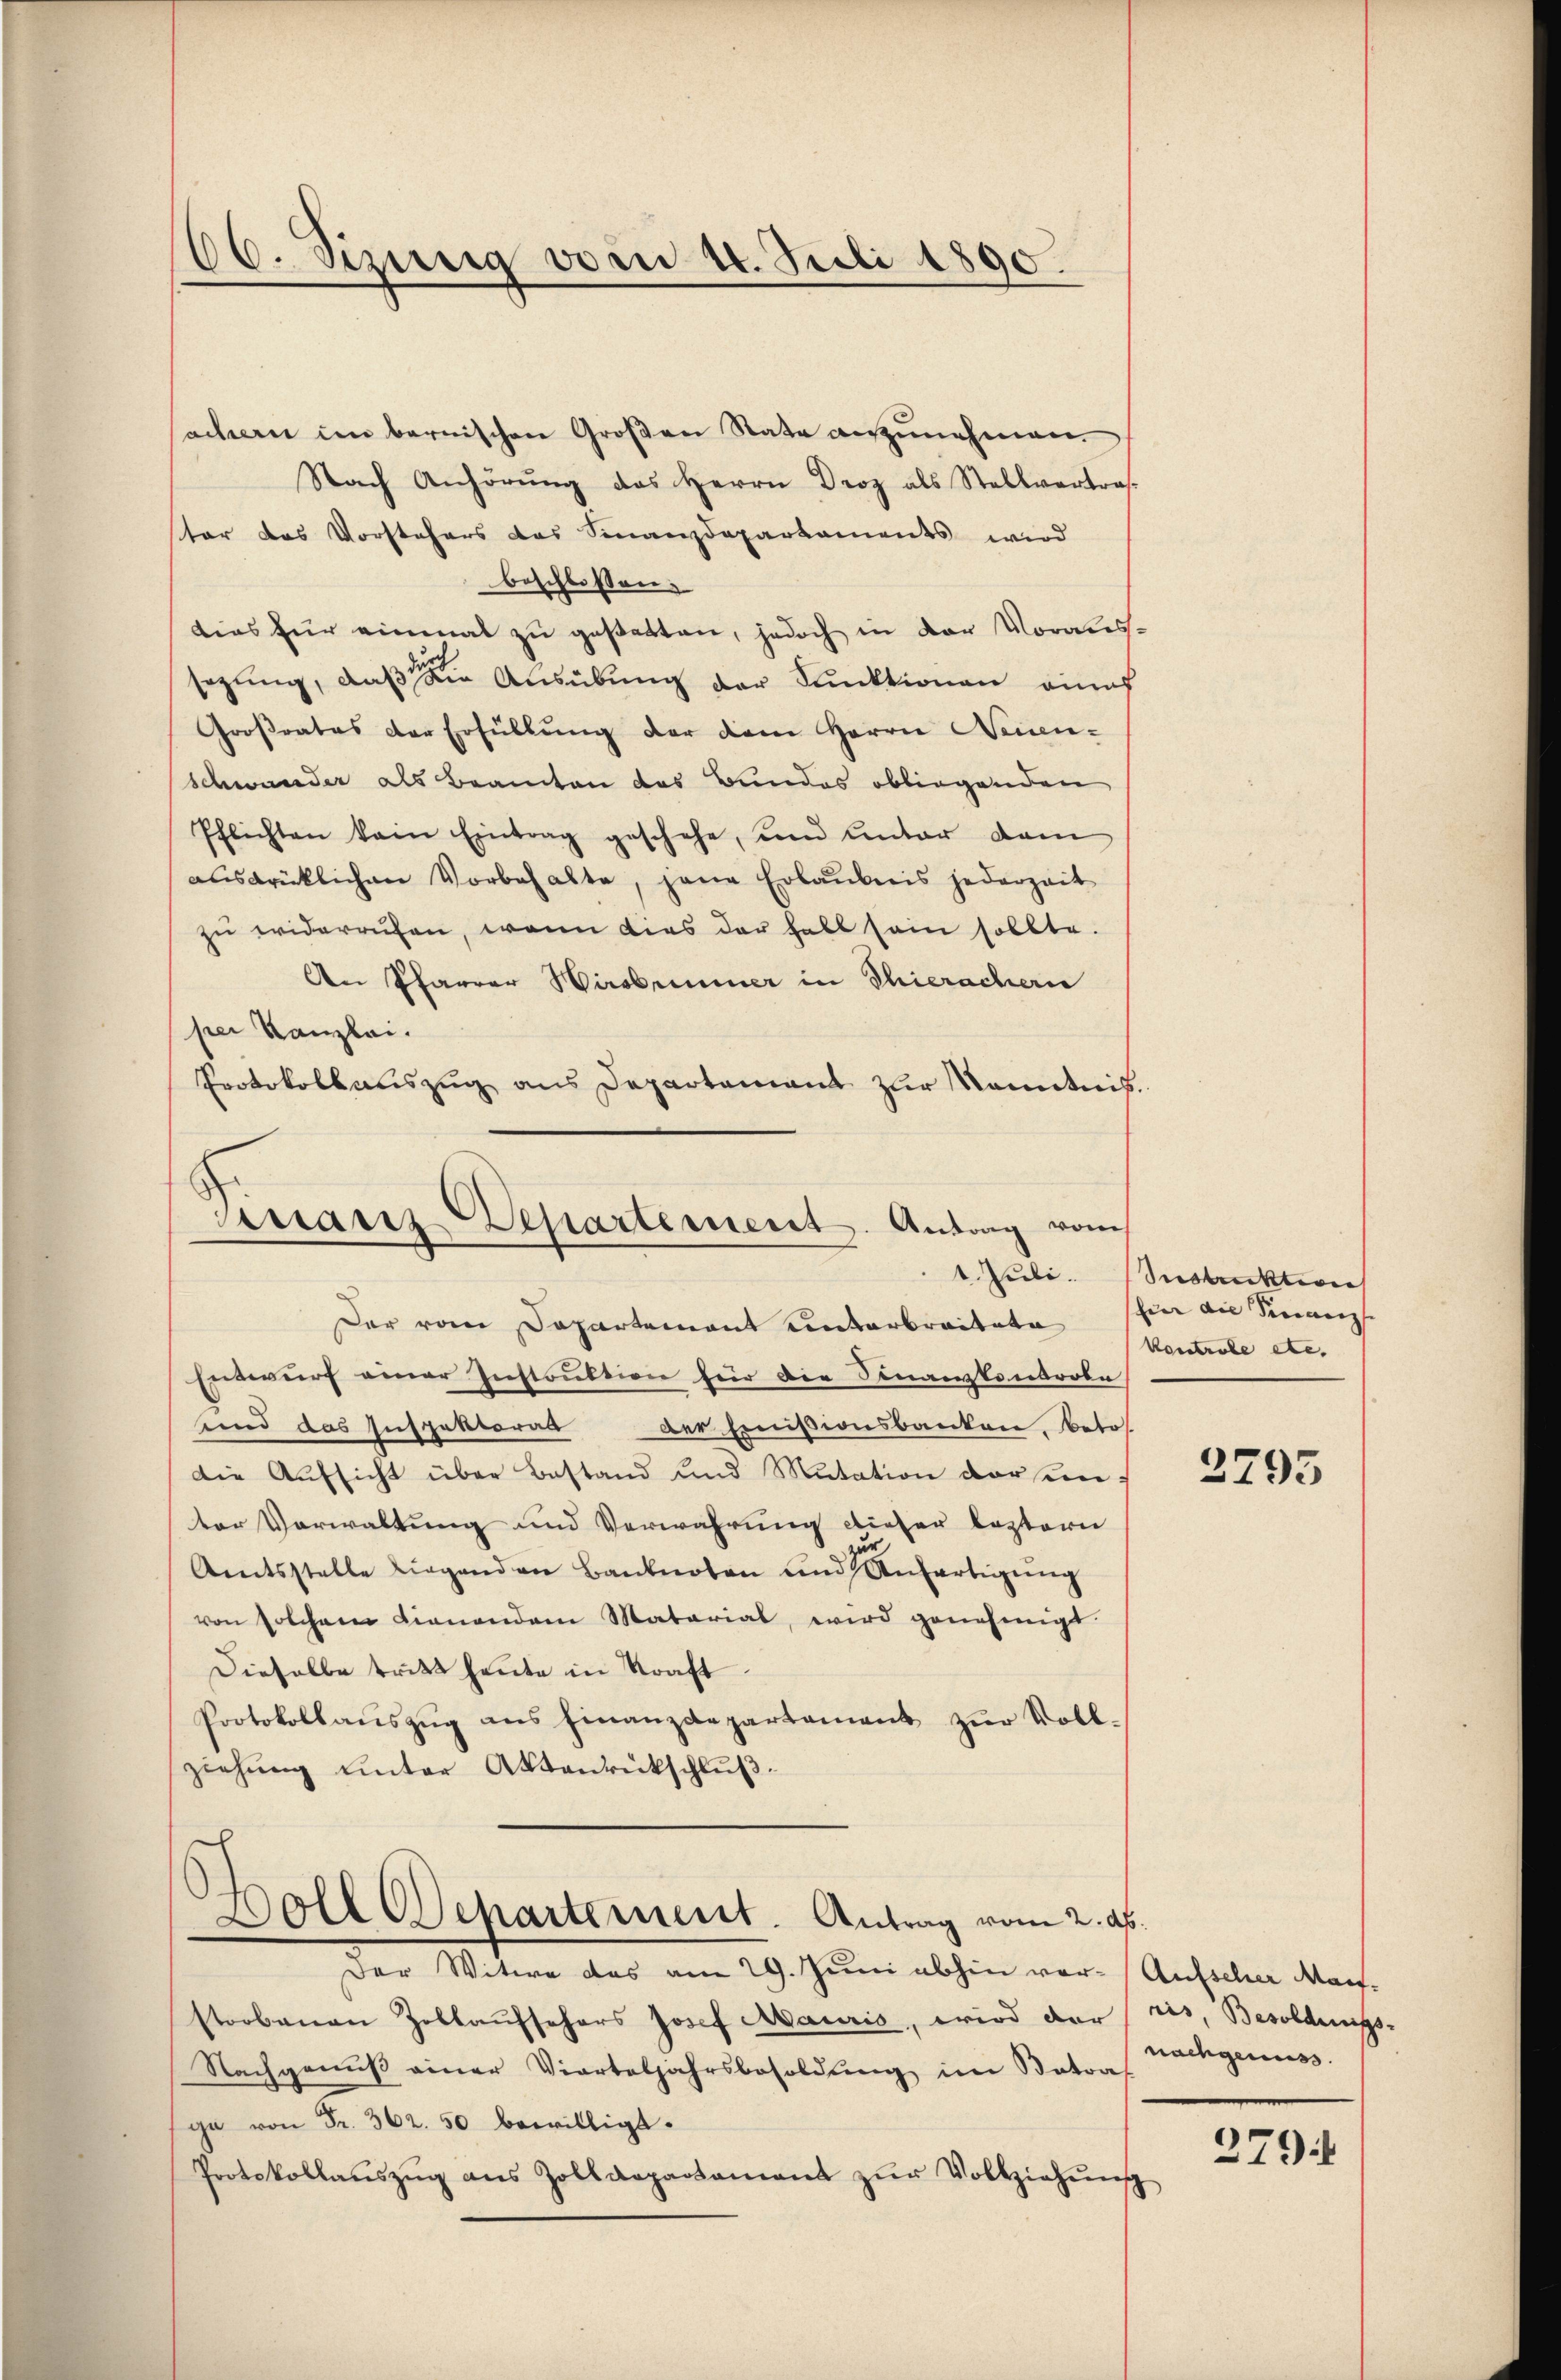
66. Sizung vom 14. Juli 1890.

achern im bernischen Großen Rate anzunehmen.
Nach Anhörŭng des Herrn Droz als Stellvertra
ster das Vorstehers das Finanzdepartaments wird
beschlossen:
dias für einmal zu gestatten, jedoch in der Voraussezling, daß die Ausübung der Funktionen einf
Großrates der Erfüllŭng der dem Herrn Neuen-
schwander als Beamten das Bundes obliegenden
Pflichten kein Eintrag geschehe, und Unter dam
ausdrücklichen Vorbehalte, jene Erlaubnis jederzeit
zu widerrufen, wenn dies der habt sein sollte.
An Pfarrer Wirsbummer in Thierachern
per Kanzlei.
Protokollauszug aus Departamant zur Kenntnis

Franz Departement. Antrag von
1. Juli.

Der vom Departement unterbreitete
Entwurf einer Instruktion für die Finanzkontrole
sind das Inspektorat der Ermissionsbankare, betr.
Die Aufsicht über Bestand und Mutation vor sein,
ter Verwaltung und Verwahrung dieser leztern
Amtsstelle Liegenden Banknoten und Anfertigŭng
von solchem Finanden Matarial, wird genehmigt.
Dieselbe tritt heute in Kraft
Protokollauszug aus Finanzdepartement zur Vollziehŭng ŭnter Aktenrückschlŭβ:
Boll Separtement. Antrag vom 2. ds.
Der Witwe das am 29. Juni abhin vorstorbenen Zollaufsehers Josef Mauris, wird der
Nachgenuß einer Vierteljahrsbesoldŭng im Betras
ge von Fr. 362. 50 bewilligt.
Protokollaŭszŭg ans Zolldepartament zŭr Vollziehŭng

Seestraktiven
Eier die Steinanz |
Kontrole etc.

3795

Aufscher Mart.
ris Besoldungs-
nachgenuss.

n

279